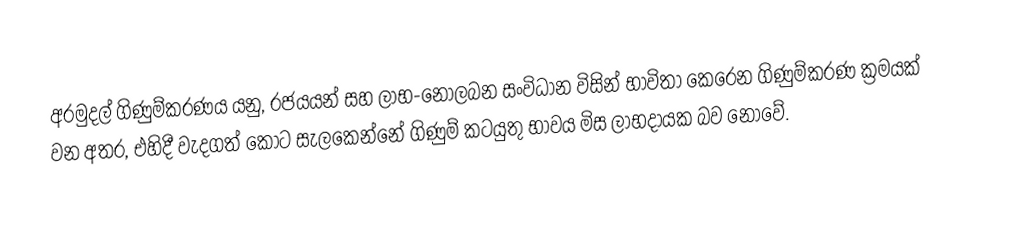
අරමුදල් ගිණුම්කරණය යනු, රජයයන් සහ ලාභ-නොලබන සංවිධාන විසින් භාවිතා කෙරෙන ගිණුම්කරණ ක්‍රමයක් වන අතර,  එහිදී වැදගත් කොට සැලකෙන්නේ ගිණුම් කටයුතු භාවය මිස ලාභදායක බව නොවේ.